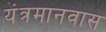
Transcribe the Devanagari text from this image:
यंत्रमानवास